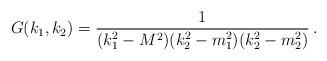
LaTeX: \begin{align*} G(k_1,k_2)=\frac{1}{(k_1^2-M^2)(k_2^2-m_1^2)(k_2^2-m_2^2)}\,{.}\end{align*}